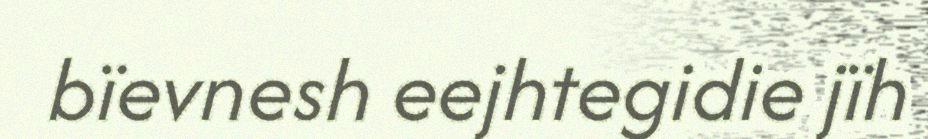
bïevnesh eejhtegidie jïh